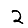
Digit: 2